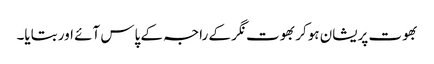
بھوت پریشان ہوکر بھوت نگر کے راجہ کے پاس آئے اور بتایا۔